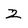
Character: 2